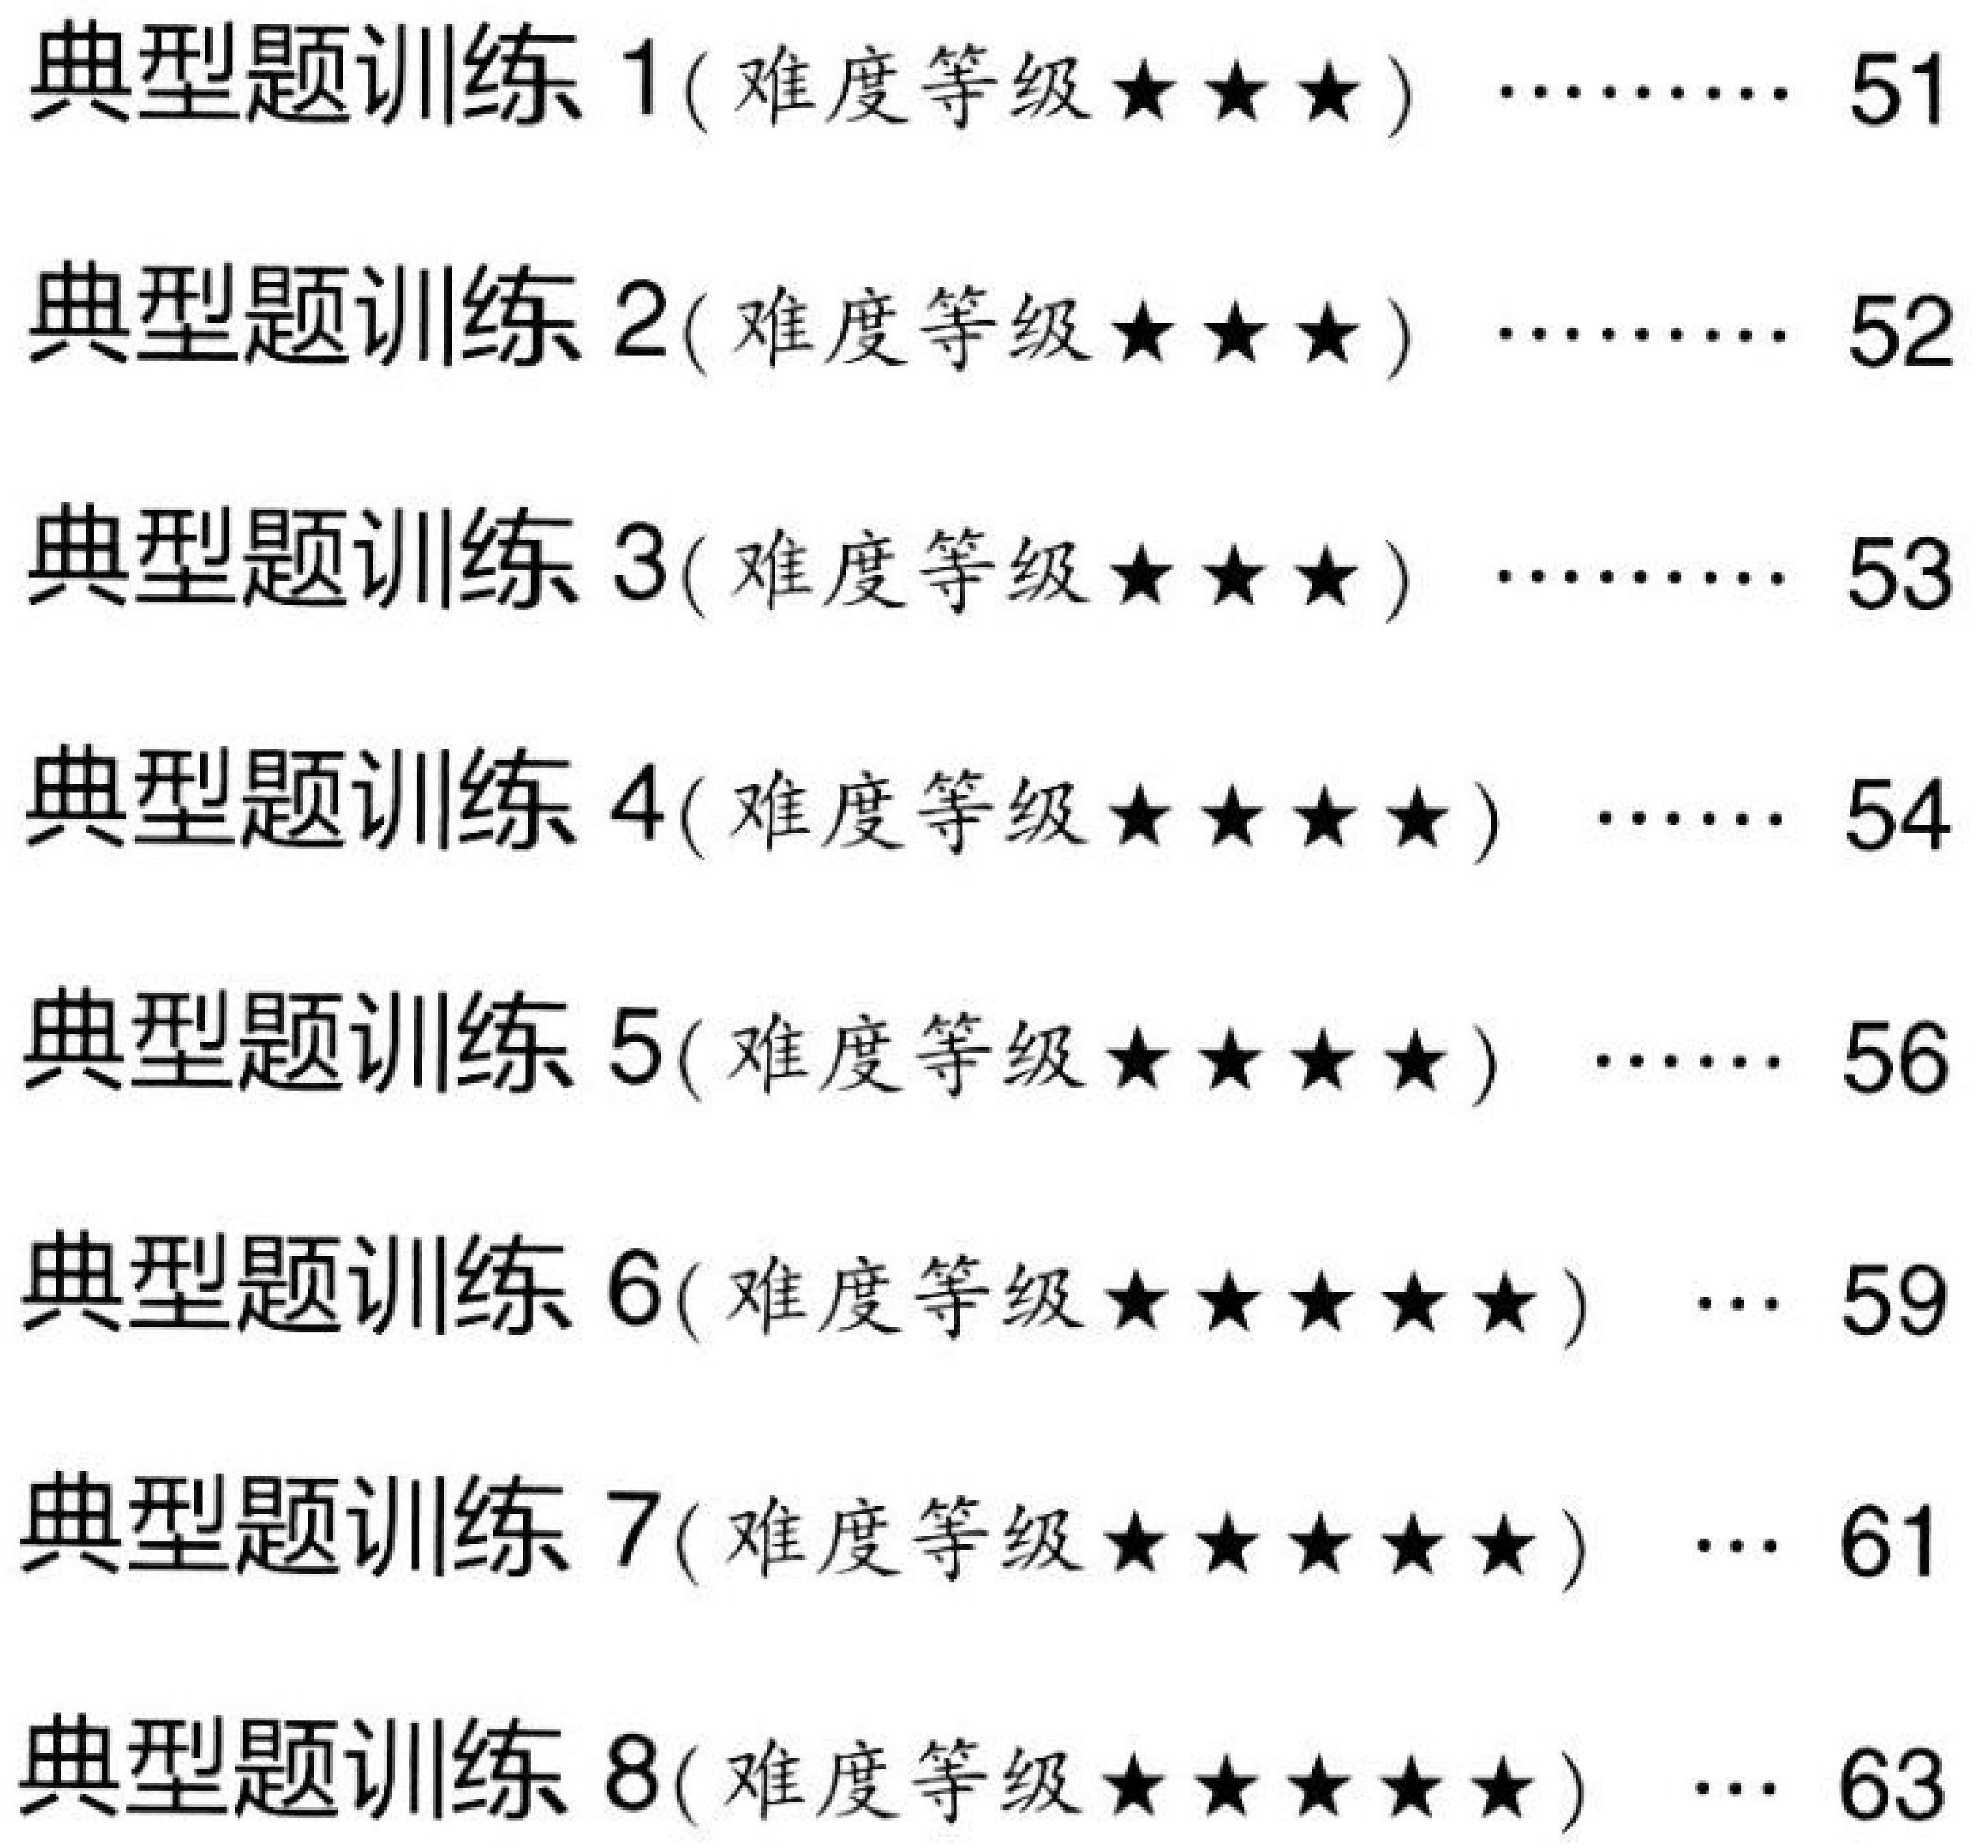
典型题训练1(难度等级★★★) …… 51
典型题训练2(难度等级★★★) …… 52
典型题训练3(难度等级★★★) …… 53
典型题训练4(难度等级★★★★) …… 54
典型题训练5(难度等级★★★★) …… 56
典型题训练6(难度等级★★★★★) … 59
典型题训练7(难度等级★★★★★) … 61
典型题训练8(难度等级★★★★★) … 63